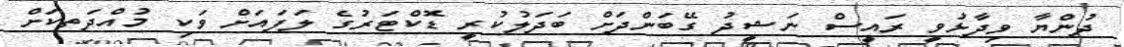
ދުންޔާ ވިދާޅުވީ ރައީސް ނަޝީދު ގޭބަންދަށް ބަދަލުކުރީ ޑޮކްޓަރުގެ ލަފައަށް ވަކި މުއްދަތކަށް